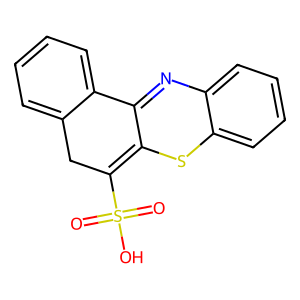
SMILES: O=S(=O)(O)C1=C2Sc3ccccc3N=C2c2ccccc2C1
Inhibits HIV replication: No